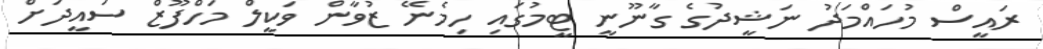
ރައީސް މުހައްމަދު ނަޝީދުގެ ގާނޫނީ ޓީމުގައި ހިމެނޭ ޒުވާން ވަކީލް މަހްފޫޒް ސައީދަށް